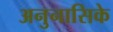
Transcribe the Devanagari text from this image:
अनुनासिके